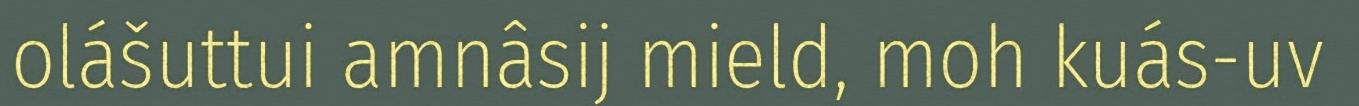
olášuttui amnâsij mield, moh kuás-uv